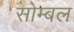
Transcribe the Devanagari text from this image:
सोम्बल